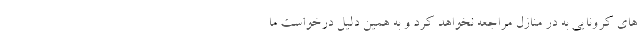
های کرونایی به در منازل مراجعه نخواهد کرد و به همین دلیل درخواست ما